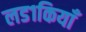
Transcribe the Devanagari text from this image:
लड१कियाँ